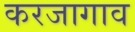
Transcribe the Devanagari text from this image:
करजागाव